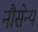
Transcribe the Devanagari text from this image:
नौसेन्य